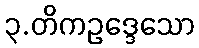
၃.တိကဥဒ္ဒေသော